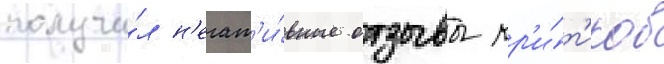
получи́л н'егат'и́вные отзывы кр'и́т'иков